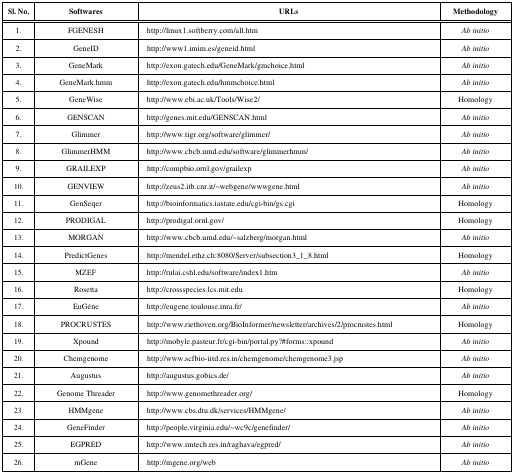
| Sl. No. | Softwares | URLs | Methodology |
 | --- | --- | --- | --- |
 | 1. | FGENESH | http://linux1.softberry.com/all.htm | Ab initio |
 | 2. | GeneID | http://www1.imim.es/geneid.html | Ab initio |
 | 3. | GeneMark | http://exon.gatech.edu/GeneMark/gmchoice.html | Ab initio |
 | 4. | GeneMark.hmm | http://exon.gatech.edu/hmmchoice.html | Ab initio |
 | 5. | GeneWise | http://www.ebi.ac.uk/Tools/Wise2/ | Homology |
 | 6. | GENSCAN | http://genes.mit.edu/GENSCAN.html | Ab initio |
 | 7. | Glimmer | http://www.tigr.org/software/glimmer/ | Ab initio |
 | 8. | GlimmerHMM | http://www.cbcb.umd.edu/software/glimmerhmm/ | Ab initio |
 | 9. | GRAILEXP | http://compbio.ornl.gov/grailexp | Ab initio |
 | 10. | GENVIEW | http://zeus2.itb.cnr.it/~webgene/wwwgene.html | Ab initio |
 | 11. | GenSeqer | http://bioinformatics.iastate.edu/cgi-bin/gs.cgi | Homology |
 | 12. | PRODIGAL | http://prodigal.ornl.gov/ | Homology |
 | 13. | MORGAN | http://www.cbcb.umd.edu/~salzberg/morgan.html | Ab initio |
 | 14. | PredictGenes | http://mendel.ethz.ch:8080/Server/subsection3_1_8.html | Homology |
 | 15. | MZEF | http://rulai.cshl.edu/software/index1.htm | Ab initio |
 | 16. | Rosetta | http://crossspecies.lcs.mit.edu | Homology |
 | 17. | EuGéne | http://eugene.toulouse.inra.fr/ | Ab initio |
 | 18. | PROCRUSTES | http://www.riethoven.org/BioInformer/newsletter/archives/2/procrustes.html | Homology |
 | 19. | Xpound | http://mobyle.pasteur.fr/cgi-bin/portal.py?#forms::xpound | Ab initio |
 | 20. | Chemgenome | http://www.scfbio-iitd.res.in/chemgenome/chemgenome3.jsp | Ab initio |
 | 21. | Augustus | http://augustus.gobics.de/ | Ab initio |
 | 22. | Genome Threader | http://www.genomethreader.org/ | Homology |
 | 23. | HMMgene | http://www.cbs.dtu.dk/services/HMMgene/ | Ab initio |
 | 24. | GeneFinder | http://people.virginia.edu/~wc9c/genefinder/ | Ab initio |
 | 25. | EGPRED | http://www.imtech.res.in/raghava/egpred/ | Ab initio |
 | 26. | mGene | http://mgene.org/web | Ab initio |